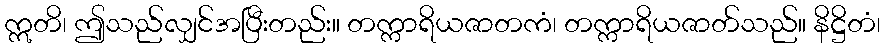
ဣတိ၊ ဤသည်လျှင်အပြီးတည်း။ တက္ကာရိယဇာတကံ၊ တက္ကာရိယဇာတ်သည်။ နိဋ္ဌိတံ၊